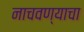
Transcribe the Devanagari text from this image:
नाचवण्याचा